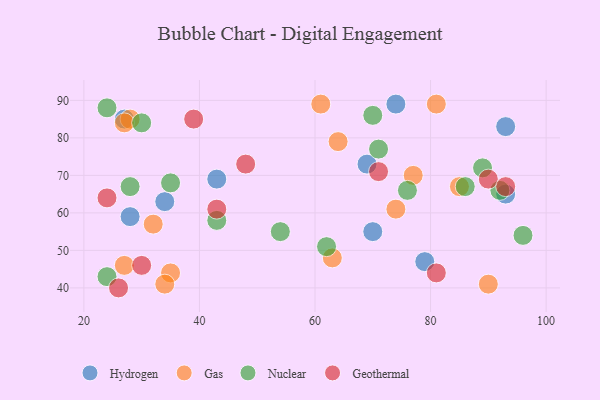
{"axis": {"x": "GDP", "y": "Life Expectancy"}, "legend": ["Gas", "Geothermal", "Hydrogen", "Nuclear"], "data": [{"x": "74", "y": 89, "type": "Hydrogen"}, {"x": "93", "y": 83, "type": "Hydrogen"}, {"x": "34", "y": 63, "type": "Hydrogen"}, {"x": "70", "y": 55, "type": "Hydrogen"}, {"x": "28", "y": 59, "type": "Hydrogen"}, {"x": "93", "y": 65, "type": "Hydrogen"}, {"x": "27", "y": 85, "type": "Hydrogen"}, {"x": "69", "y": 73, "type": "Hydrogen"}, {"x": "43", "y": 69, "type": "Hydrogen"}, {"x": "79", "y": 47, "type": "Hydrogen"}, {"x": "61", "y": 89, "type": "Gas"}, {"x": "27", "y": 46, "type": "Gas"}, {"x": "32", "y": 57, "type": "Gas"}, {"x": "28", "y": 85, "type": "Gas"}, {"x": "81", "y": 89, "type": "Gas"}, {"x": "77", "y": 70, "type": "Gas"}, {"x": "85", "y": 67, "type": "Gas"}, {"x": "35", "y": 44, "type": "Gas"}, {"x": "63", "y": 48, "type": "Gas"}, {"x": "64", "y": 79, "type": "Gas"}, {"x": "90", "y": 41, "type": "Gas"}, {"x": "74", "y": 61, "type": "Gas"}, {"x": "34", "y": 41, "type": "Gas"}, {"x": "27", "y": 84, "type": "Gas"}, {"x": "96", "y": 54, "type": "Nuclear"}, {"x": "89", "y": 72, "type": "Nuclear"}, {"x": "62", "y": 51, "type": "Nuclear"}, {"x": "30", "y": 84, "type": "Nuclear"}, {"x": "54", "y": 55, "type": "Nuclear"}, {"x": "24", "y": 43, "type": "Nuclear"}, {"x": "71", "y": 77, "type": "Nuclear"}, {"x": "76", "y": 66, "type": "Nuclear"}, {"x": "43", "y": 58, "type": "Nuclear"}, {"x": "70", "y": 86, "type": "Nuclear"}, {"x": "24", "y": 88, "type": "Nuclear"}, {"x": "92", "y": 66, "type": "Nuclear"}, {"x": "35", "y": 68, "type": "Nuclear"}, {"x": "86", "y": 67, "type": "Nuclear"}, {"x": "28", "y": 67, "type": "Nuclear"}, {"x": "24", "y": 64, "type": "Geothermal"}, {"x": "48", "y": 73, "type": "Geothermal"}, {"x": "90", "y": 69, "type": "Geothermal"}, {"x": "30", "y": 46, "type": "Geothermal"}, {"x": "43", "y": 61, "type": "Geothermal"}, {"x": "26", "y": 40, "type": "Geothermal"}, {"x": "39", "y": 85, "type": "Geothermal"}, {"x": "71", "y": 71, "type": "Geothermal"}, {"x": "81", "y": 44, "type": "Geothermal"}, {"x": "93", "y": 67, "type": "Geothermal"}]}